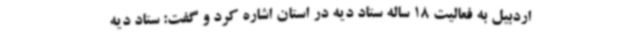
اردبیل به فعالیت 18 ساله ستاد دیه در استان اشاره کرد و گفت: ستاد دیه